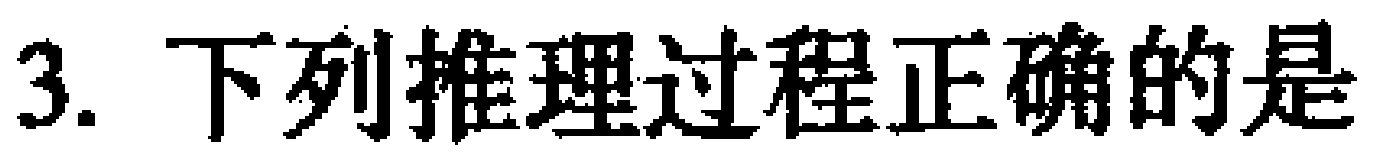
3. 下列推理过程正确的是